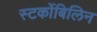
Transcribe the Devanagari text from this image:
स्‍टर्कोबिलिन